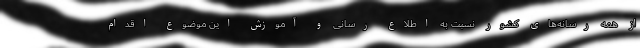
از همه رسانه‌های کشور نسبت به اطلاع رسانی و آموزش این موضوع اقدام